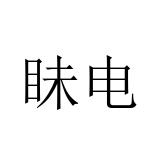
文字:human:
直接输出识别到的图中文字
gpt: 眛电